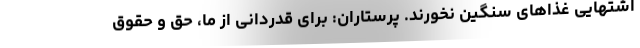
اشتهایی غذاهای سنگین نخورند. پرستاران: برای قدردانی از ما، حق و حقوق